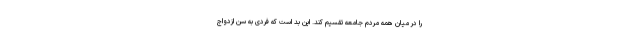
را در میان همه مردم جامعه تقسیم کند. این بد است که فردی به سن ازدواج